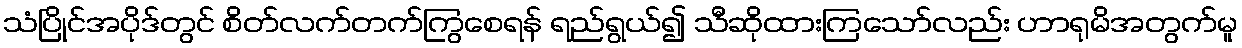
သံပြိုင်အပိုဒ်တွင် စိတ်လက်တက်ကြွစေရန် ရည်ရွယ်၍ သီဆိုထားကြသော်လည်း ဟာရုမိအတွက်မူ